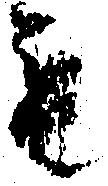
も